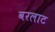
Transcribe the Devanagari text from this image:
वरलाट